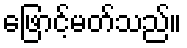
ဖြောင့်မတ်သည်။